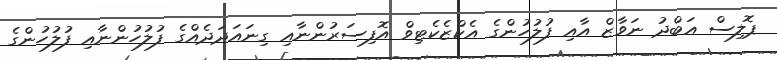
ޕޮލިސް ޢަބްދު ނަވާޒް އާއި ފުލުހުންގެ އެކްޒެކެޓިވް އޮފިސަރުންނާއި ގިނައަދަދެއްގެ ފުލުހުންނާއި ފުލުހުންގެ